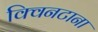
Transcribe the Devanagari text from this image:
क्विनटाना